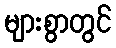
များစွာတွင်